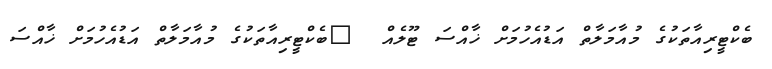
ބެކްޓީރިއާތަކުގެ މުއާމަލާތް އަޑުއެހުމަށް ޚާއްސަ ޓޫލެއް  	ބެކްޓީރިއާތަކުގެ މުއާމަލާތް އަޑުއެހުމަށް ޚާއްސަ